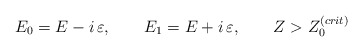
\begin{align*}E_0=E-i\,\varepsilon, \ \ \ \ \ \ E_1=E+i\,\varepsilon, \ \ \ \ \ \ Z > Z_0^{(crit)} \end{align*}